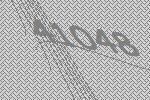
41048